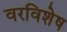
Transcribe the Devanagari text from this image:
वरविशेष